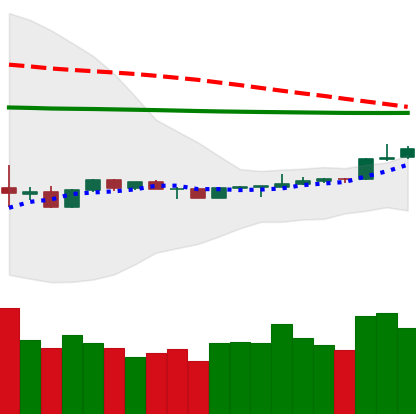
Ticker: LTC-USD
Chart end date: 2020-04-08
Forward return: -11.044%
Label: down_7plus